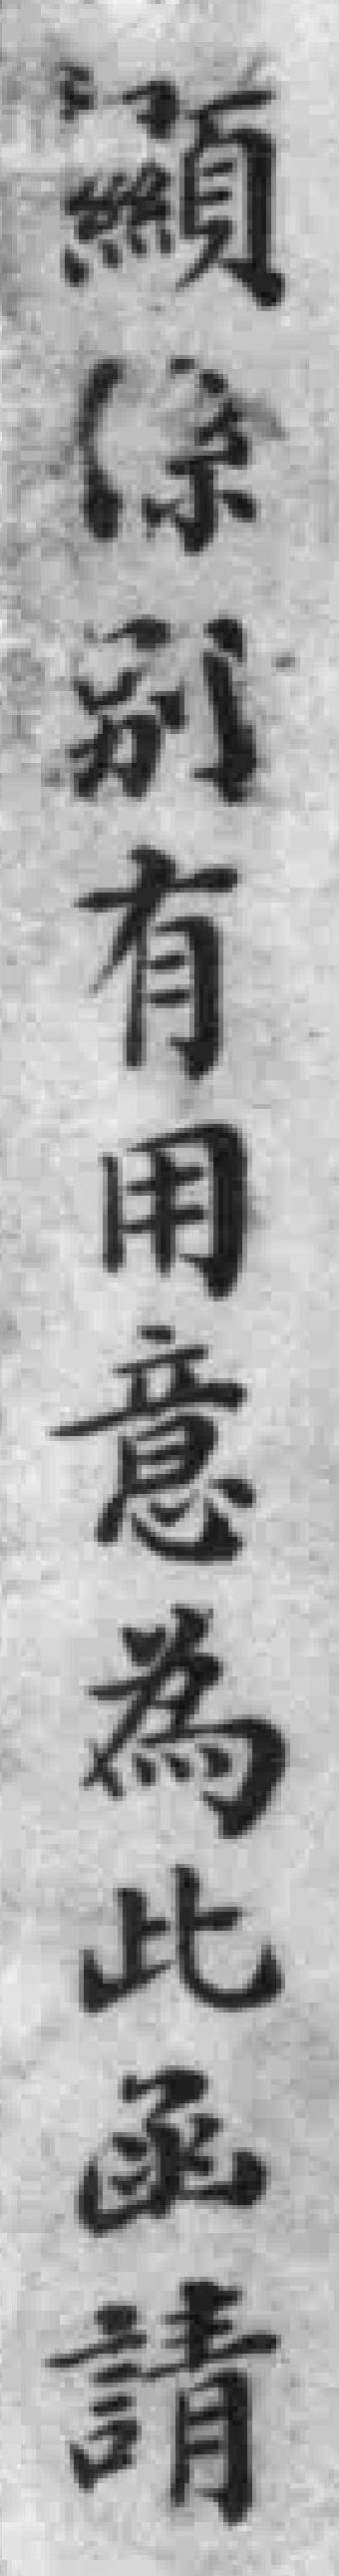
顯係别有用意為此函請